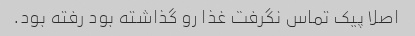
اصلا پیک تماس نگرفت غذا رو گذاشته بود رفته بود.